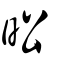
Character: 昖